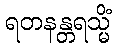
ရတနန္တရသ္မိံ